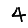
Digit: 4